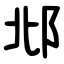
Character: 邶